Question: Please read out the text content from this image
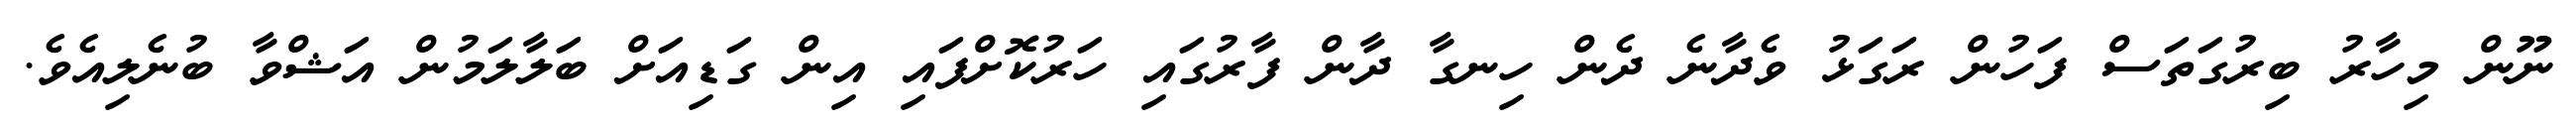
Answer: ނޫން މިހާރު ބިރުގަތަސް ފަހުން ރަގަޅު ވެދާނެ ދެން ހިނގާ ދާން ފާރުގައި ހަރުކޮށްފައި އިން ގަޑިއަށް ބަލާލަމުން އަޝްވާ ބުނެލިއެވެ.